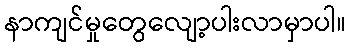
နာကျင်မှုတွေလျော့ပါးလာမှာပါ။